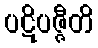
ပဋိပဇ္ဇီတိ